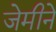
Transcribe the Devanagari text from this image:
जेमीने